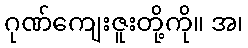
ဂုဏ်ကျေးဇူးတို့ကို။ အ၊